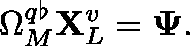
\Omega _ { M } ^ { q \flat } \mathbf { X } _ { L } ^ { v } = \mathbf { \Psi } .